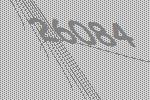
26084